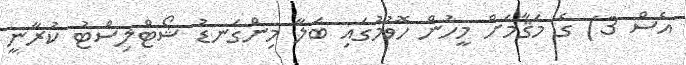
އެސް 3) ގެ މަޤާމަށް މީހުން ހޮވުމުގައި ބަލާ މިންގަނޑު ޝޯޓްލިސްޓު ކުރާނީ